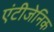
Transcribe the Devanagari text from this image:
एंटीजेनिक